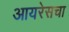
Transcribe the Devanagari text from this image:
आयरेसचा